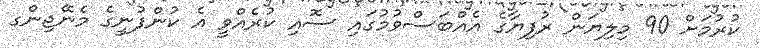
ކުރުމަށް 90 މިލިޔަން ރުފިޔާގެ އެއްބަސްވުމުގައި ސޮއި ކުރެއްވީ އެ ކުންފުނީގެ މެނޭޖިންގ